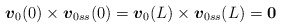
\begin{align*}\mbox{\mathversion{bold}$v$}_{0}(0)\times \mbox{\mathversion{bold}$v$}_{0ss}(0)=\mbox{\mathversion{bold}$v$}_{0}(L)\times \mbox{\mathversion{bold}$v$}_{0ss}(L)=\mbox{\mathversion{bold}$0$}\end{align*}